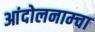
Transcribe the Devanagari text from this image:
आंदोलनाम्चा